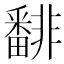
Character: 𩇾